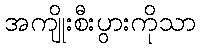
အကျိုးစီးပွားကိုသာ